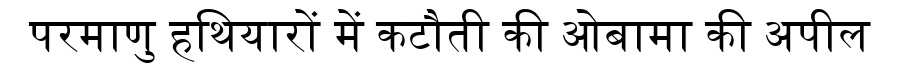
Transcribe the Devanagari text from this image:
परमाणु हथियारों में कटौती की ओबामा की अपील